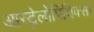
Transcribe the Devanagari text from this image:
आस्ट्रेलोपिथिक्स।